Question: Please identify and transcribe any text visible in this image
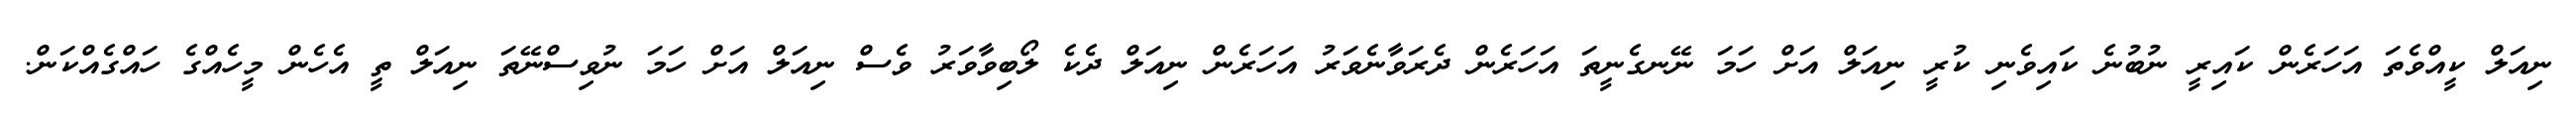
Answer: ނިއަލް ކީއްވެތަ އަހަރެން ކައިރީ ނުބުނެ ކައިވެނި ކުރީ ނިއަލް އަށް ހަމަ ނޭނގެނީތަ އަހަރެން ދެރަވާނެވަރު އަހަރެން ނިއަލް ދެކެ ލޯބިވާވަރު ވެސް ނިއަލް އަށް ހަމަ ނުވިސްނޭތަ ނިއަލް ތީ އެހެން މީހެއްގެ ހައްގެއްކަން.